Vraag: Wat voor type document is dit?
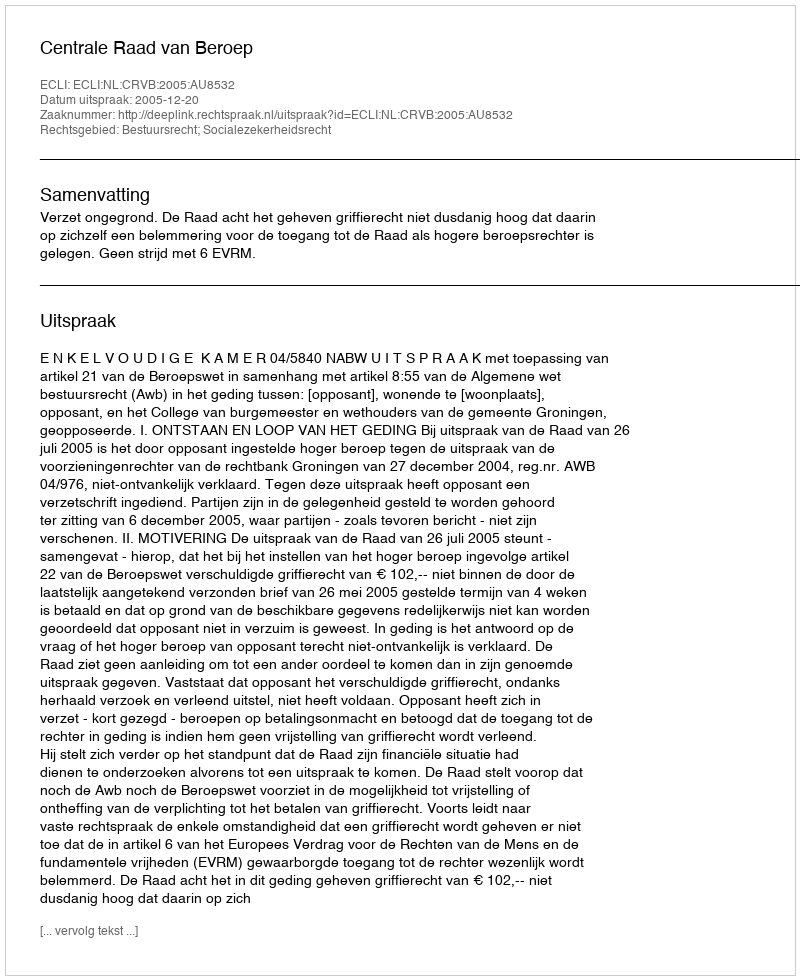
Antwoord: Uitspraak